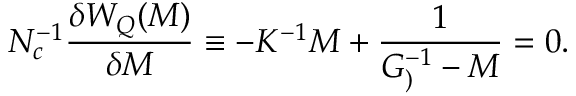
N _ { c } ^ { - 1 } { \frac { \delta W _ { Q } ( { \cal M } ) } { \delta { \cal M } } } \equiv - K ^ { - 1 } { \cal M } + { \frac { 1 } { G _ { ) } ^ { - 1 } - { \cal M } } } = 0 .